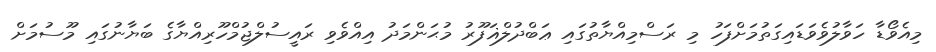
މިއެވޯޑާ ހަވާލުވެވަޑައިގަތުމަށްފަހު މި ރަސްމިއްޔާތުގައި ޢަބްދުލްޣަފޫރު މުޙަންމަދު އިއްވެވި ރައީސުލްޖުމްހޫރިއްޔާގެ ބަޔާނުގައި މޫސުމަށް